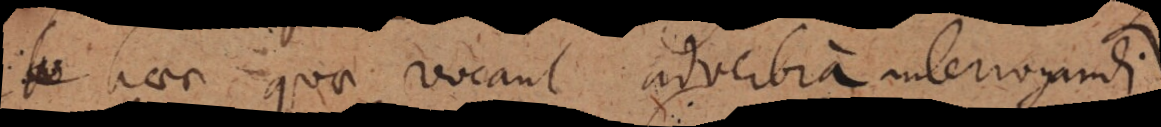
haec quae vocant adverbia interrogandi